Source: Computer-generated
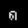
Digit: ၈ (8)